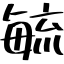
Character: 毓